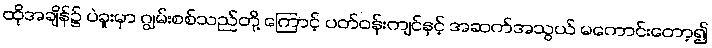
ထိုအချိန်၌ ပဲခူးမှာ ဂျွမ်းစစ်သည်တို့ ကြောင့် ပတ်ဝန်းကျင်နှင့် အဆက်အသွယ် မကောင်းတော့၍